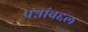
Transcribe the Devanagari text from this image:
प्रश्नांबद्दल